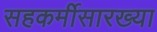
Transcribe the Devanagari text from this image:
सहकर्मीसारख्या